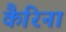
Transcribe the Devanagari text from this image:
कैरिना